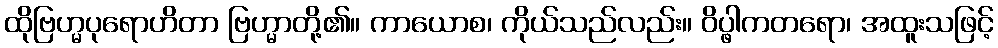
ထိုဗြဟ္မပုရောဟိတာ ဗြဟ္မာတို့၏။ ကာယောစ၊ ကိုယ်သည်လည်း။ ဝိပ္ဖါကတရော၊ အထူးသဖြင့်